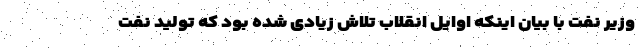
وزیر نفت با بیان اینکه اوایل انقلاب تلاش زیادی شده بود که تولید نفت